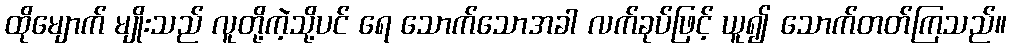
ထိုမျောက် မျိုးသည် လူတို့ကဲ့သို့ပင် ရေ သောက်သောအခါ လက်ခုပ်ဖြင့် ယူ၍ သောက်တတ်ကြသည်။